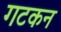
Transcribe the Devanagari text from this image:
गटकन